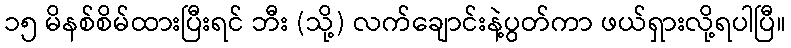
၁၅ မိနစ်စိမ်ထားပြီးရင် ဘီး (သို့) လက်ချောင်းနဲ့ပွတ်ကာ ဖယ်ရှားလို့ရပါပြီ။